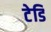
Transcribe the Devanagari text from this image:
टेडि